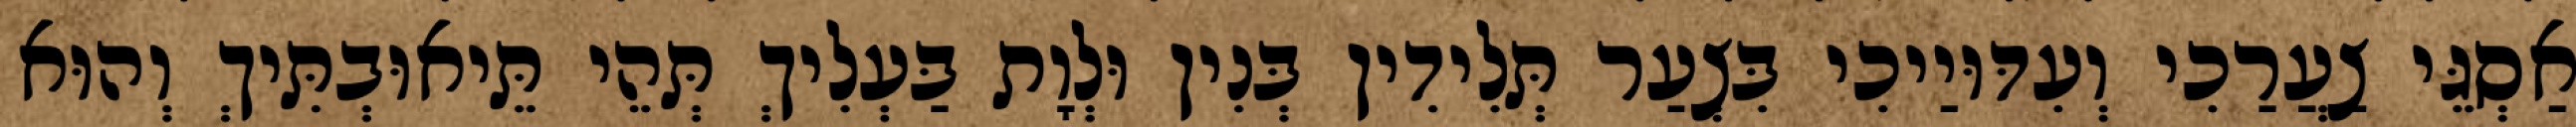
אַסְגֵּי צַעֲרַכִי וְעִדּוּיַיכִי בִּצְעַר תְּלִידִין בְּנִין וּלְוָת בַּעְלִיךְ תְּהֵי תֵּיאוּבְתִּיךְ וְהוּא